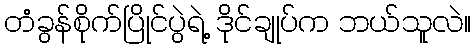
တံခွန်စိုက်ပြိုင်ပွဲရဲ့ ဒိုင်ချုပ်က ဘယ်သူလဲ။